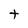
Character: t